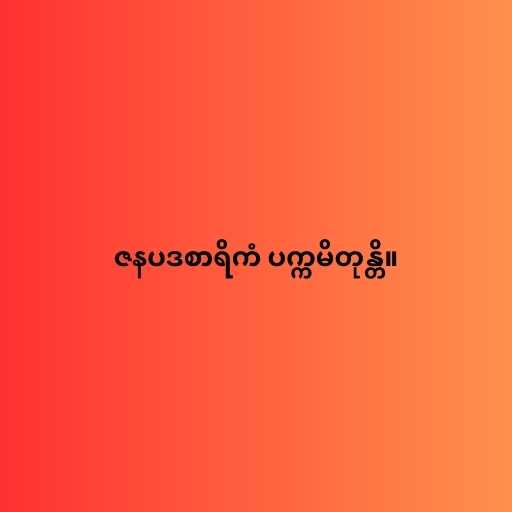
ဇနပဒစာရိကံ ပက္ကမိတုန္တိ။